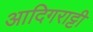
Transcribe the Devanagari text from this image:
आदिगराट्टी